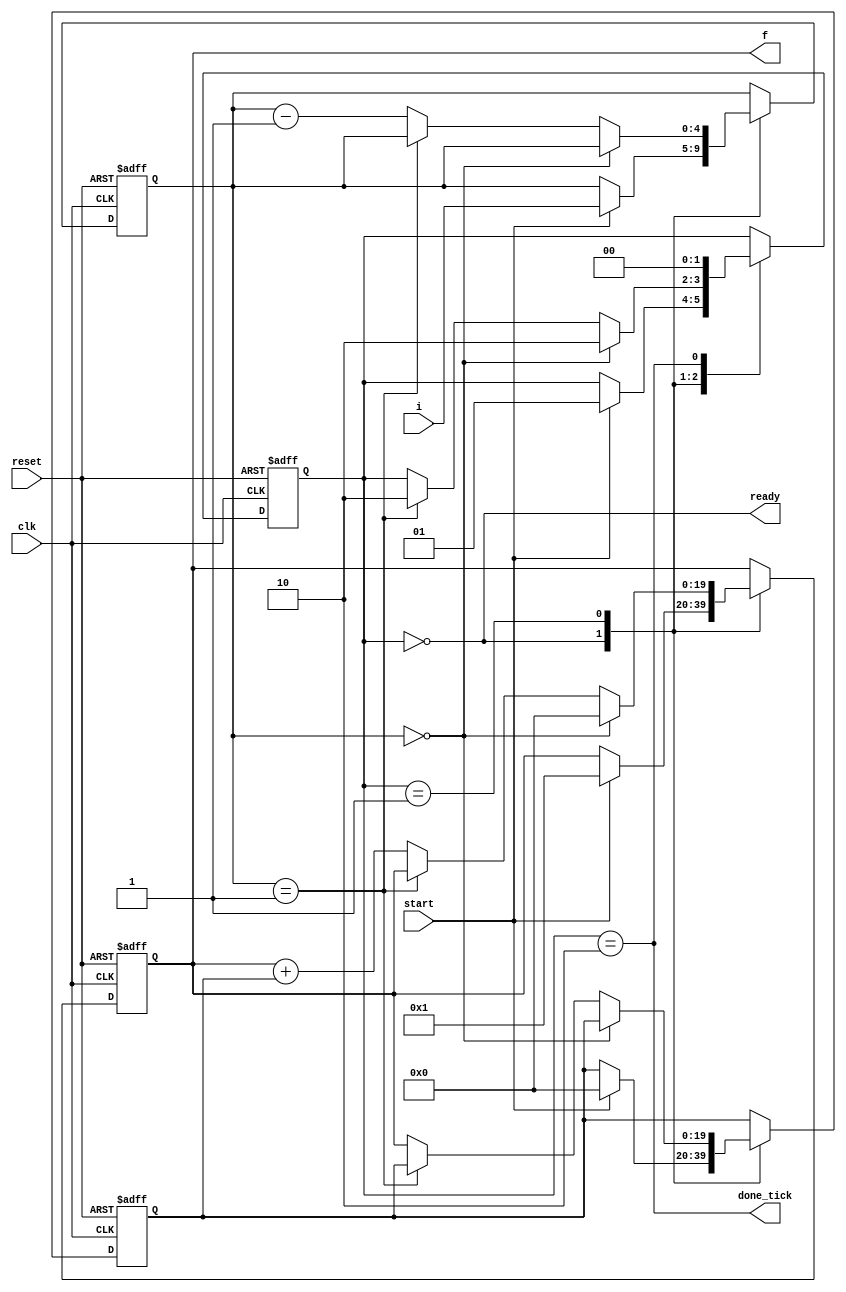
// Fibonacci number circuit

module fib
  (
      input  wire       clk, reset,
      input  wire       start,
      input  wire[4:0]  i,
      output wire       ready, done_tick,
      output wire[19:0] f
  );

  // symbolic state declaration
  localparam[1:0]
      idle = 2'b00,
      op   = 2'b01,
      done = 2'b10;

  // signal declaration
  reg[1:0]  state;
  reg[19:0] t0, t1;
  reg[4:0]  n;

  // merged registers and next-state logic
  always @(posedge clk, posedge reset)

    if (reset)
      begin
        state <= idle;
        t0    <= 0;
        t1    <= 0;
        n     <= 0;
      end

    else
      case (state)
        idle:
          begin
            if (start)
              begin
                t0    <= 20'd0;
                t1    <= 20'd1;
                n     <= i;
                state <= op;
              end
          end
        op:
          if (n == 0)
            begin
              t1    <= 0;
              state <= done;
            end
          else if (n == 1)
            begin
              state <= done;
            end
          else
            begin
              t1 <= t1 + t0;
              t0 <= t1;
              n  <= n - 1;
            end
        done:
          state <= idle;
      endcase

  // output
  assign f = t1;
  assign done_tick = (state == done);
  assign ready     = (state == idle);

endmodule